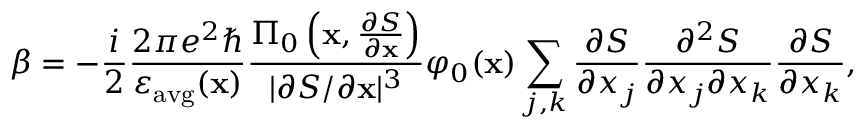
\beta = - \frac { i } { 2 } \frac { 2 \pi e ^ { 2 } \hbar } { \varepsilon _ { \mathrm { a v g } } ( \mathbf { x } ) } \frac { \Pi _ { 0 } \left( \mathbf { x } , \frac { \partial S } { \partial \mathbf { x } } \right) } { | \partial S / \partial \mathbf { x } | ^ { 3 } } \varphi _ { 0 } ( \mathbf { x } ) \sum _ { j , k } \frac { \partial S } { \partial x _ { j } } \frac { \partial ^ { 2 } S } { \partial x _ { j } \partial x _ { k } } \frac { \partial S } { \partial x _ { k } } ,